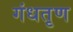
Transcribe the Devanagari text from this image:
गंधतृण